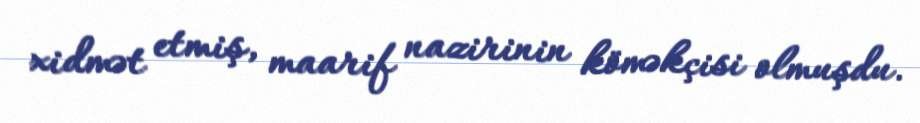
xidmət etmiş, maarif nazirinin köməkçisi olmuşdu.